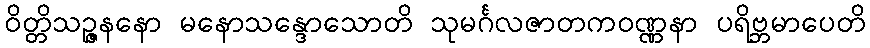
ဝိတ္တိသဉ္ဇနနော မနောသန္ဒောသောတိ သုမင်္ဂလဇာတကဝဏ္ဏနာ ပရိဗ္ဘမာပေတိ